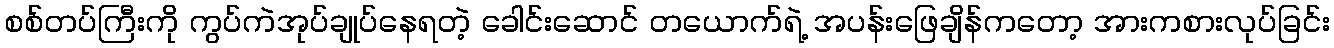
စစ်တပ်ကြီးကို ကွပ်ကဲအုပ်ချုပ်နေရတဲ့ ခေါင်းဆောင် တယောက်ရဲ့ အပန်းဖြေချိန်ကတော့ အားကစားလုပ်ခြင်း